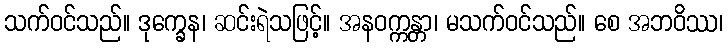
သက်ဝင်သည်။ ဒုက္ခေန၊ ဆင်းရဲသဖြင့်။ အနဝက္ကန္တာ၊ မသက်ဝင်သည်။ စေ အဘဝိဿ၊